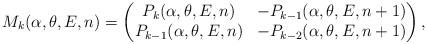
LaTeX: \begin{align*} M_k(\alpha,\theta,E,n)=\begin{pmatrix} P_k(\alpha,\theta,E,n)&-P_{k-1}(\alpha,\theta,E,n+1)\\ P_{k-1}(\alpha,\theta,E,n)&-P_{k-2}(\alpha,\theta,E,n+1) \end{pmatrix},\end{align*}